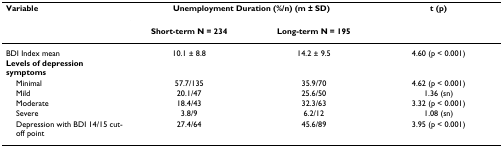
| Variable | <COLSPAN=2> Unemployment Duration (%/n) (m ± SD) | t (p) |
 |  | Short-term N = 234 | Long-term N = 195 |  |
 | --- | --- | --- | --- |
 | BDI Index mean | 10.1 ± 8.8 | 14.2 ± 9.5 | 4.60 (p < 0.001) |
 | Levels of depression symptoms |  |  |  |
 | Minimal | 57.7/135 | 35.9/70 | 4.62 (p < 0.001) |
 | Mild | 20.1/47 | 25.6/50 | 1.36 (sn) |
 | Moderate | 18.4/43 | 32.3/63 | 3.32 (p < 0.001) |
 | Severe | 3.8/9 | 6.2/12 | 1.08 (sn) |
 | Depression with BDI 14/15 cut-off point | 27.4/64 | 45.6/89 | 3.95 (p < 0.001) |